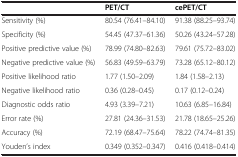
|  | PET/CT | cePET/CT |
 | --- | --- | --- |
 | Sensitivity (%) | 80.54 (76.41–84.10) | 91.38 (88.25–93.74) |
 | Specificity (%) | 54.45 (47.37–61.36) | 50.26 (43.24–57.28) |
 | Positive predictive value (%) | 78.99 (74.80–82.63) | 79.61 (75.72–83.02) |
 | Negative predictive value (%) | 56.83 (49.59–63.79) | 73.28 (65.12–80.12) |
 | Positive likelihood ratio | 1.77 (1.50–2.09) | 1.84 (1.58–2.13) |
 | Negative likelihood ratio | 0.36 (0.28–0.45) | 0.17 (0.12–0.24) |
 | Diagnostic odds ratio | 4.93 (3.39–7.21) | 10.63 (6.85–16.84) |
 | Error rate (%) | 27.81 (24.36–31.53) | 21.78 (18.65–25.26) |
 | Accuracy (%) | 72.19 (68.47–75.64) | 78.22 (74.74–81.35) |
 | Youden’s index | 0.349 (0.352–0.347) | 0.416 (0.418–0.414) |